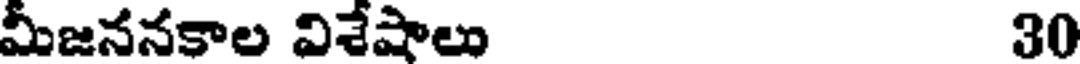
మీజననకాల విశేషాలు 30